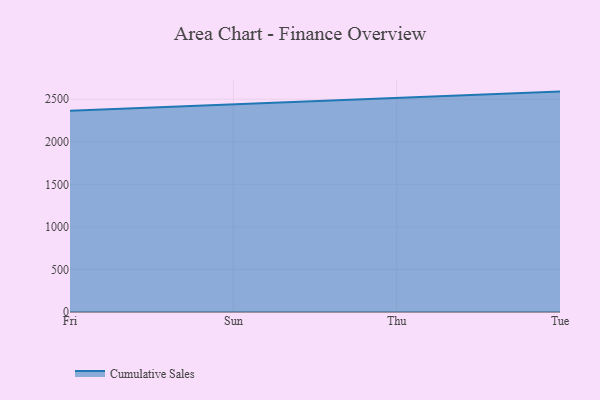
{"axis": {"x": "Day", "y": "Active Users"}, "legend": ["Cumulative Sales"], "data": [{"x": "Fri", "y": 2366.3, "type": "Cumulative Sales"}, {"x": "Sun", "y": 2441.2, "type": "Cumulative Sales"}, {"x": "Thu", "y": 2511.7, "type": "Cumulative Sales"}, {"x": "Tue", "y": 2590.1, "type": "Cumulative Sales"}]}